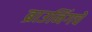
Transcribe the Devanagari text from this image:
ब्राउनिंगचे